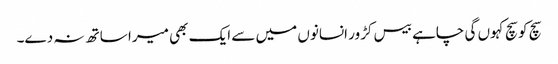
سچ کو سچ کہوں گی چاہے بیس کڑور انسانوں میں سے ایک بھی میرا ساتھ نہ دے۔